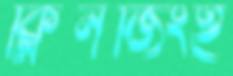
ক্লিনজিংই